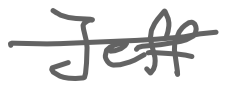
Text: Jeff
Cross-out: single-line
Writing tool: digital_gray